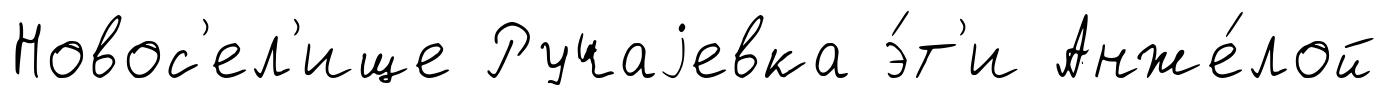
Новос'ел'ище Ручаjевка э́т'и Анже́лой